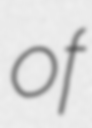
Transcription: of